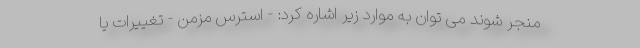
منجر شوند می توان به موارد زیر اشاره کرد: - استرس مزمن - تغییرات یا